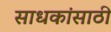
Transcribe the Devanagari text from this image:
साधकांसाठी